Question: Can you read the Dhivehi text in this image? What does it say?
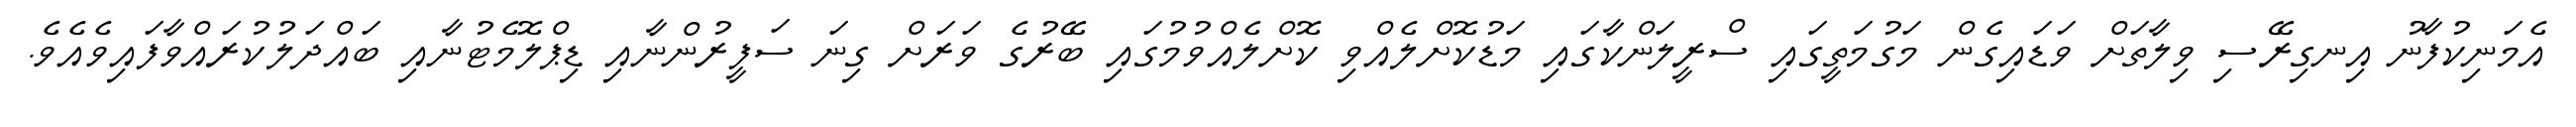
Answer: އެމަނިކުފާނު އިނގިރޭސި ވިލާތަށް ވަޑައިގެން މަގުމަތީގައި ސްރީލަންކާގައި މަޑުކޮށްލެއްވި ކޮށްލެއްވުމުގައި ބޭރުގެ ވަރަށް ގިނަ ސަފީރުންނާއި ޑިޕްލޮމެޓުނާއި ބައްދަލުކުރައްވާފައިވެއެވެ.